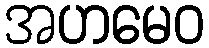
အဟမေဝ